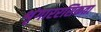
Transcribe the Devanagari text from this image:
शृंगाररसिकता